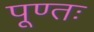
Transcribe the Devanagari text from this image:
पूण्तः